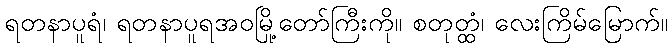
ရတနာပူရံ၊ ရတနာပူရအဝမြို့တော်ကြီးကို။ စတုတ္ထံ၊ လေးကြိမ်မြောက်။